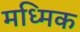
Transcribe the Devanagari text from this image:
मध्मिक